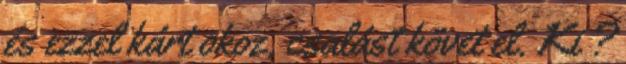
és ezzel kárt okoz, csalást követ el. Ki ?